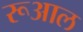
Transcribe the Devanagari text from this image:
रूआल